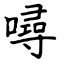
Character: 噚